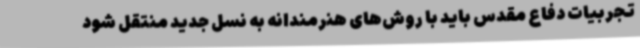
تجربیات دفاع مقدس باید با روش‌های هنرمندانه به نسل جدید منتقل شود